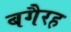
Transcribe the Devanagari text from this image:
बगैरह